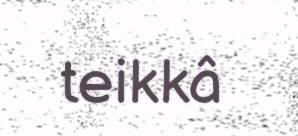
teikkâ